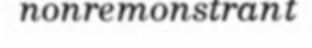
nonremonstrant